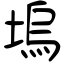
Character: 塢